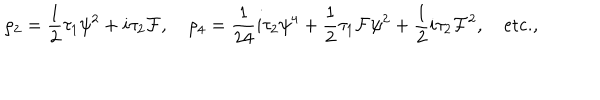
LaTeX: \rho _ { 2 } = { \frac { 1 } { 2 } } \tau _ { 1 } \psi ^ { 2 } + i \tau _ { 2 } { \cal F } , \quad \rho _ { 4 } = { \frac { 1 } { 2 4 } } i \tau _ { 2 } \psi ^ { 4 } + { \frac { 1 } { 2 } } \tau _ { 1 } { \cal F } \psi ^ { 2 } + { \frac { 1 } { 2 } } i \tau _ { 2 } { \cal F } ^ { 2 } , \quad \mathrm { e t c . } ,